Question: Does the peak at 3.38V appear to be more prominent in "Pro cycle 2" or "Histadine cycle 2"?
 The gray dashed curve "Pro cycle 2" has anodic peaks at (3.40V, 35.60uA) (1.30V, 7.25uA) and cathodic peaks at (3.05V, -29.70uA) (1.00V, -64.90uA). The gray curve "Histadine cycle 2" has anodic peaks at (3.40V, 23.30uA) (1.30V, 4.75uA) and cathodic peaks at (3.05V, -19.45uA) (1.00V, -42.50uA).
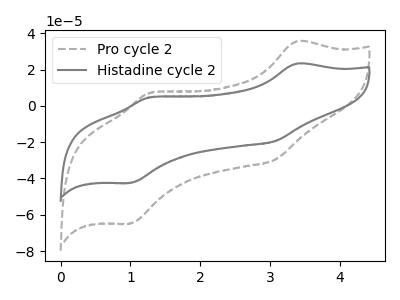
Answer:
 <answer>The peak at 3.38V is higher in "Pro cycle 2" than in "Histadine cycle 2".</answer>
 <eval>higher</eval>